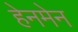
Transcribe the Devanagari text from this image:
हेनमेन